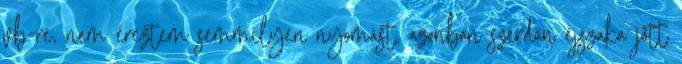
vb-re, nem éreztem semmilyen nyomást, azonban szerdán éjszaka jött